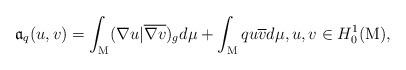
LaTeX: \begin{align*}\mathfrak{a}_q(u,v)=\int_{\mathrm M} (\nabla u |\overline{\nabla v})_gd\mu +\int_{\mathrm{M}}qu\overline{v}d\mu,u,v\in H_0^1(\mathrm{M}),\end{align*}